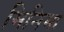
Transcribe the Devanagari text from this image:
मिनिमा